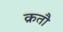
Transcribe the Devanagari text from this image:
क्रतौ